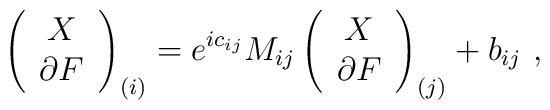
\left( \begin{array}{c} X \\ \partial F \end{array}\right)_{(i)} = e^{ic_{ij}} M_{ij}\left( \begin{array}{c} X \\ \partial F\end{array}\right)_{(j)}+ b_{ij}\ ,